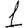
Digit: 1